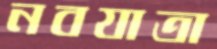
নবযাত্রা